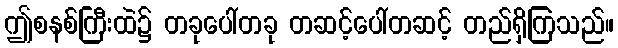
ဤစနစ်ကြီးထဲ၌ တခုပေါ်တခု တဆင့်ပေါ်တဆင့် တည်ရှိကြသည်။